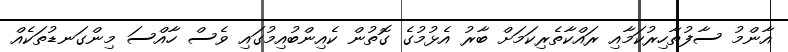
އާންމު ސާފުތާހިރުކަމާއި ރައްކާތެރިކަމަށް ބާރު އެޅުމުގެ ގޮތުން ކެއިންބުއިމުގައި ވެސް ހާއްސަ މިންގަނޑުތަކެއް